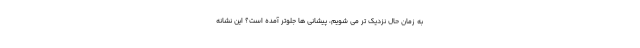
به زمان حال نزدیک تر می شویم، پیشانی ها جلوتر آمده است؟ این نشانه